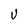
Character: U